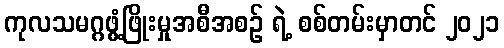
ကုလသမဂ္ဂဖွံ့ဖြိုးမှုအစီအစဉ် ရဲ့ စစ်တမ်းမှာတင် ၂၀၂၁